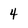
Character: 4